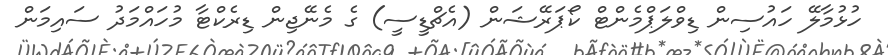
ހުޅުމާލޭ ހައުސިން ޑިވްލަޕްމެންޓް ކޯޕަރޭޝަން (އެޗްޑީސީ) ގެ މެނޭޖިން ޑިރެކްޓާ މުހައްމަދު ސައިމަން